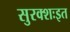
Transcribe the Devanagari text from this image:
सुरक्शःइत